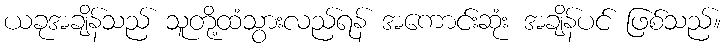
ယခုအချိန်သည် သူတို့ထံသွားလည်ရန် အကောင်းဆုံး အချိန်ပင် ဖြစ်သည်။